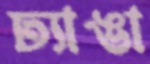
ঢ্যাঙা